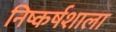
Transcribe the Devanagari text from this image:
निष्कर्षशाला